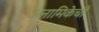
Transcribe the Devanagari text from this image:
अनामिकेची